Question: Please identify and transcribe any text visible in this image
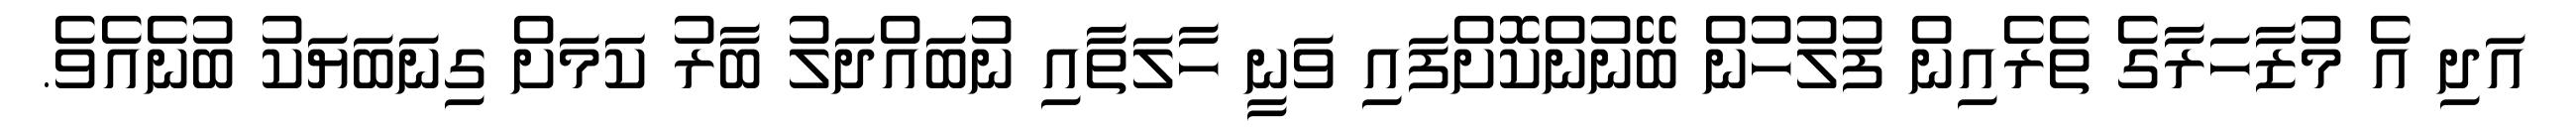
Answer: އަދި އެ މުޒާހަރާގެ ތެރެއިން ފުލުހުން ބޭނުންކޮށްފައި ވަނީ ހާލަތާއި ނުބައްދަލު ބާރު ކަަމަށް ގިނަބަޔަކު ބުނެއެވެ.